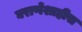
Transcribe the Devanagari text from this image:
घराणेशाहीस